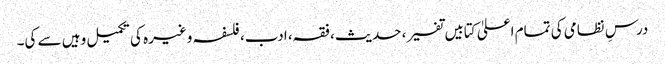
درسِ نظامی کی تمام اعلیٰ کتابیں تفسیر، حدیث، فقہ، ادب، فلسفہ وغیرہ کی تکمیل وہیں سے کی۔